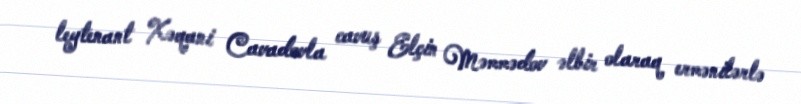
leytenant Xəqani Cavadovla cavuş Elçin Məmmədov əlbir olaraq ermənilərlə